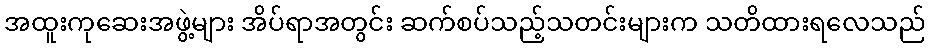
အထူးကုဆေးအဖွဲ့များ အိပ်ရာအတွင်း ဆက်စပ်သည့်သတင်းများက သတိထားရလေသည်